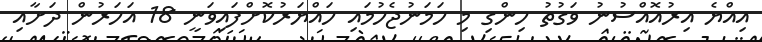
އިއްޔެ އިރުއޮއްސުނު ވަގުތު ހިންގި މި ހަމަނުޖެހުމައި ހައްޔަރުކޮށްފައިވަނީ 18 އަހަރުން ދަށާއި